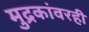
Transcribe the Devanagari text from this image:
मुद्रकांवरही